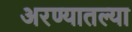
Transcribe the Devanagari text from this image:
अरण्यातल्या